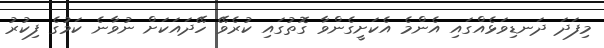
މިފަދަ ދަނޑިވަޅެއްގައި އެންމެ އެކަށީގެންވާ ގޮތުގައި ކުރެވޭ ހޭދައަކަށް ނުވާނެ ކަމުގެ ފިކުރު